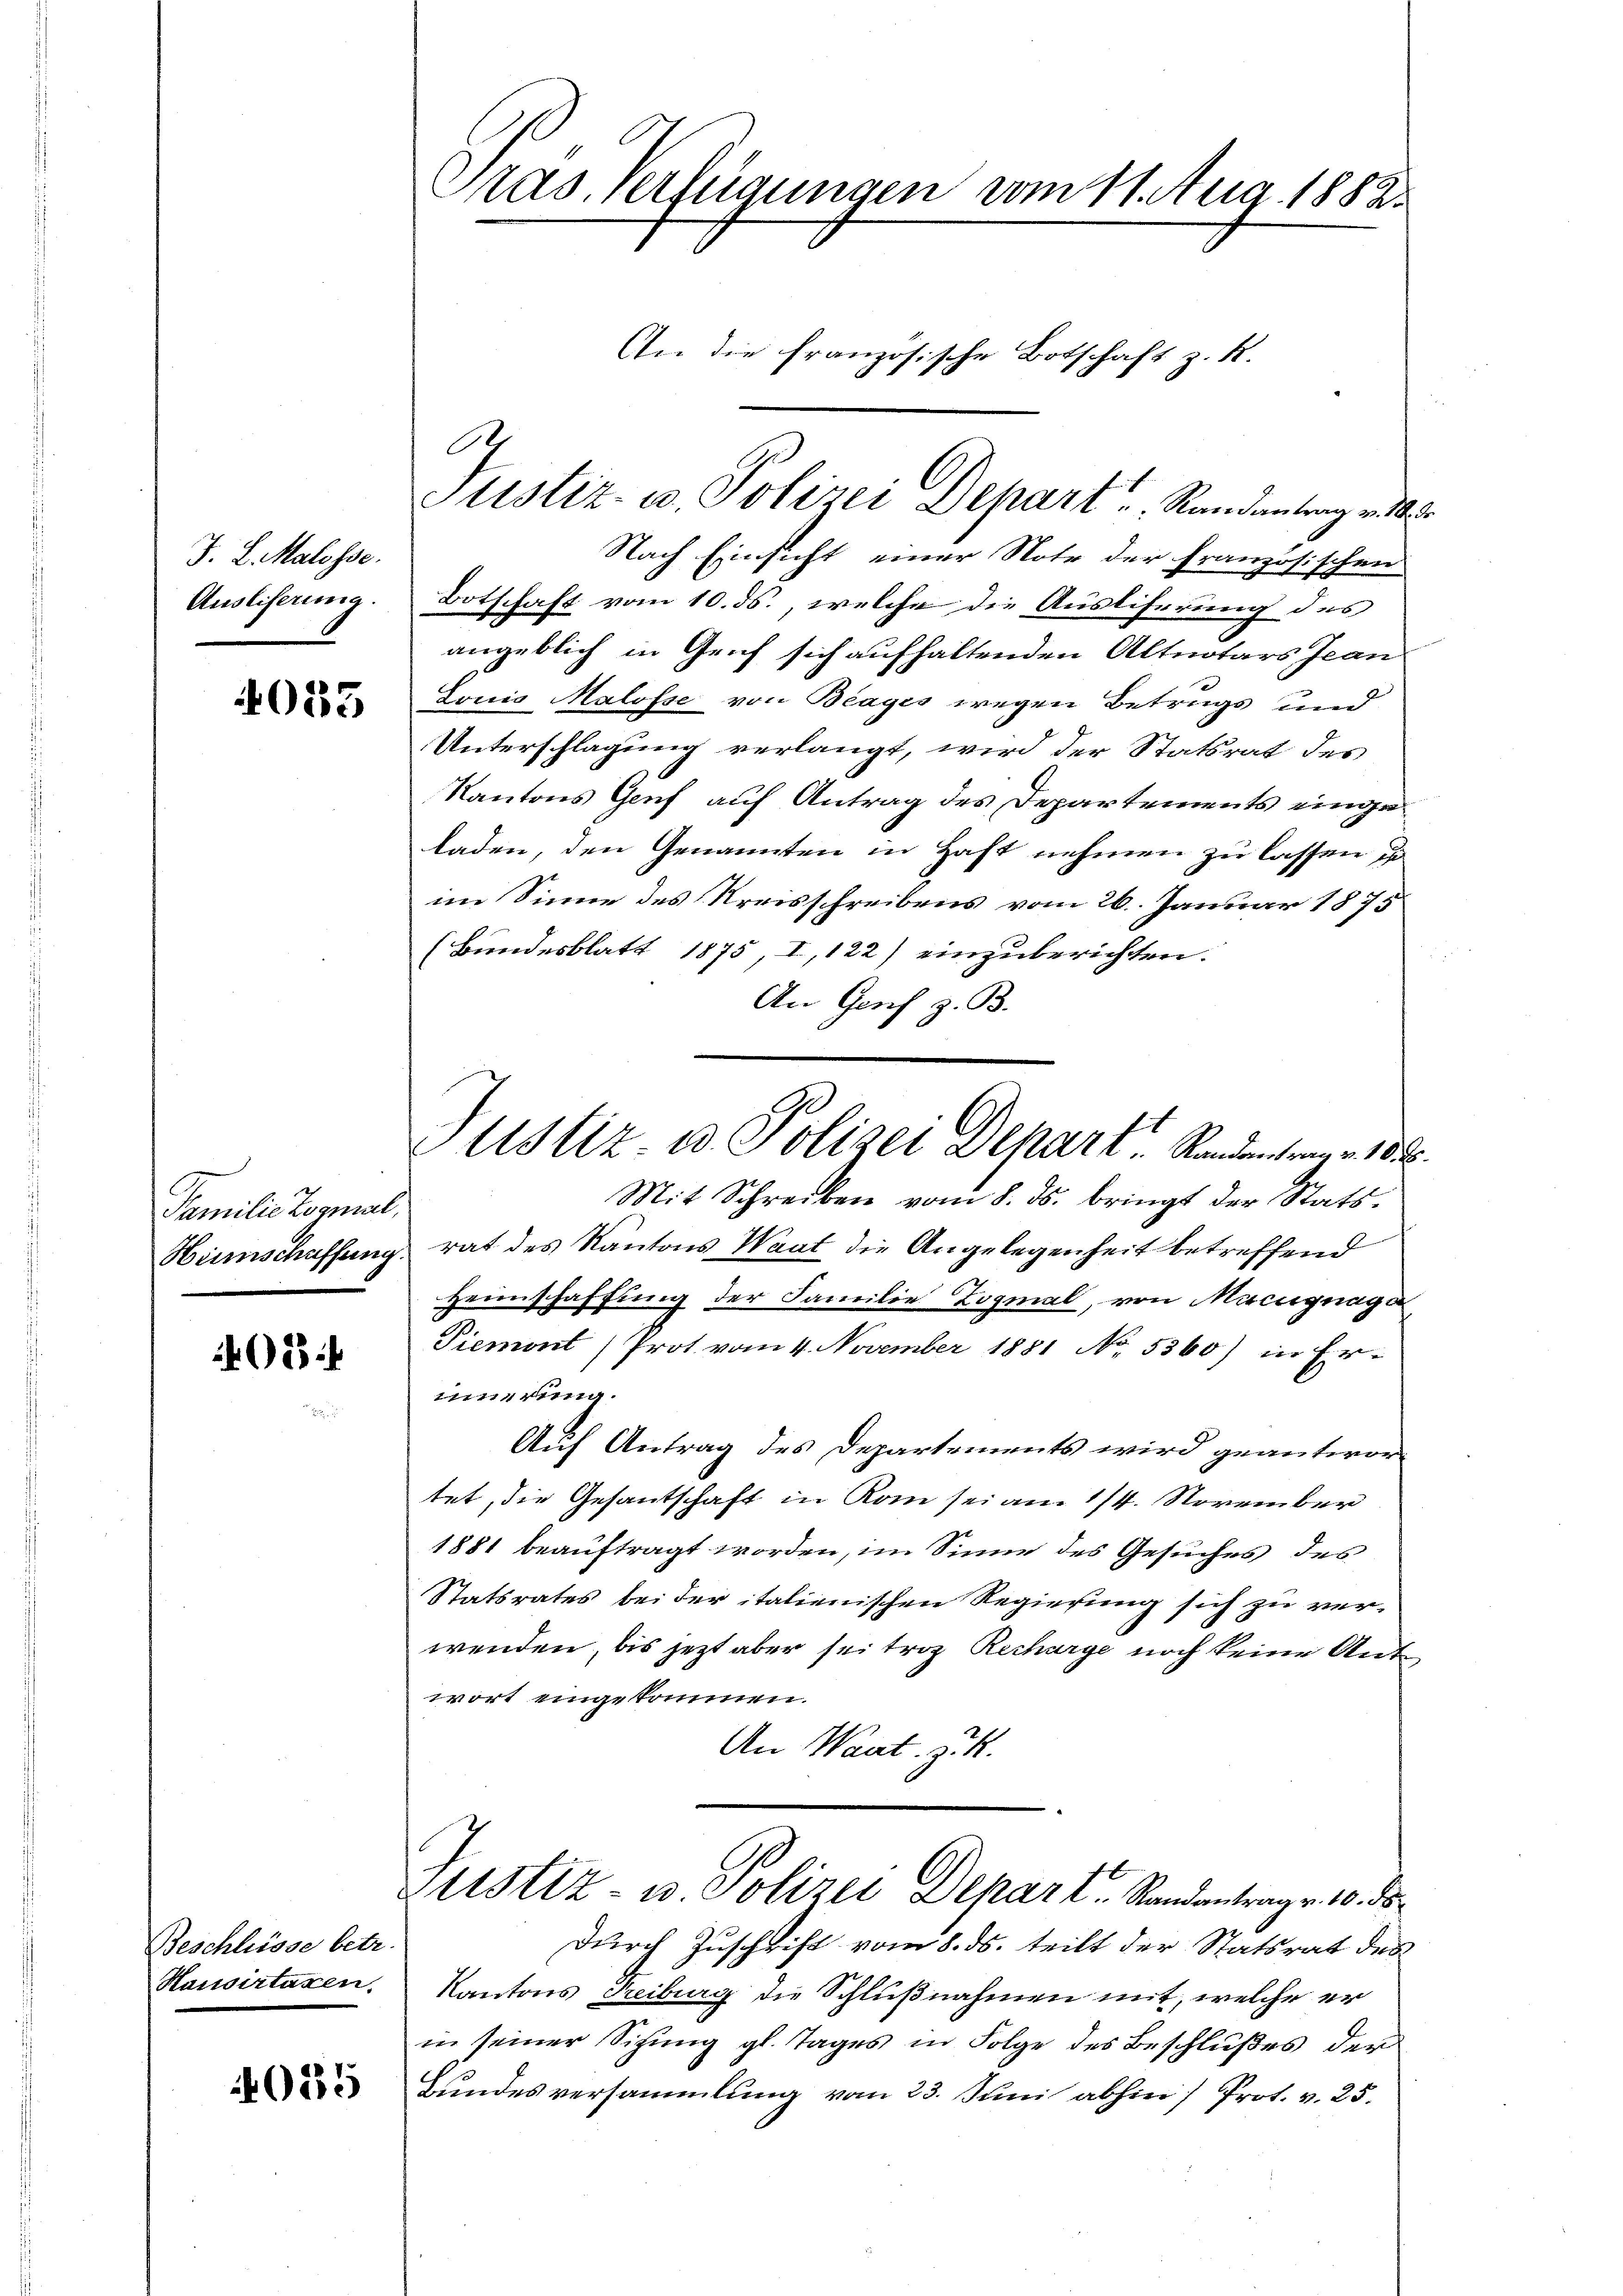
J. L. Malosse.
Ausliserung.

4035

Familie Kosmal,

2

Beschlüsse betr.
Hausirtaxen.

4025

Pras. Verfügungen vom 11. Aug. 1882.
An die französische Botschaft z. R.

Nach Einsicht einer Note der Französischen
Botschaft vom 10. ds., welche die Ausliferung des
angeblich in Genf sich aufhaltenden Altnotars Jean
Louis Malosse von Beages wegen Betrugs und
Unterschlagung verlangt, wird der Statsrat des
Kantons Genf auf Antrag des Departements eingeladen, den Genannten in Haft nehmen zu lassen u
im Sinne des Kreisschreibens vom 26. Januar 1875
(Bundesblatt 1875, I, 122) einzuberichten.
An Genf z. B.
Mit Schreiben vom 8. ds. bringt der Stats-
Himschaffung rat des Kantons Waat die Angelegenheit betreffend
Heimschaffung der Familie Logmal, von Macignage,
Piemont) Prot vom 4. November 1881 No. 5360) in Er-
innerung.
Auf Antrag des Departements wird geantwortet, die Gesantschaft in Rom sei am 1/4. November
1881 beauftragt worden, im Sinne des Gesuches des
Statsrates bei der italienischen Regierung sich zu verwenden, bis jetzt aber sei troz Recharge noch keine Antwort eingekommen.
An Waat, z. B.
Justiz- u. Polizei Depart. Standantrage 10. ds.
durch Zuschrift vom 8. ds. teilt der Statsrat des
Kantons Treiburg die Schlußnahmen mit, welche er
in seiner Sitzung gl. Tages in Folge des Beschlußes der
Bundesversammlung vom 23. Juni abhin) Prot. v. 25.

.
Justiz- u. Polizei Depart u. Randantrag v

Justiz u. Polizei Depart Standenten in de